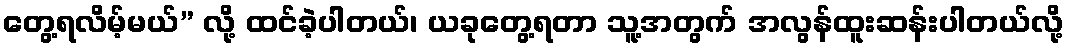
တွေ့ရလိမ့်မယ်” လို့ ထင်ခဲ့ပါတယ်၊ ယခုတွေ့ရတာ သူ့အတွက် အလွန်ထူးဆန်းပါတယ်လို့